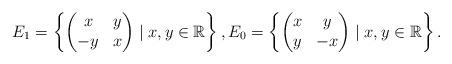
LaTeX: \begin{align*}E_1=\left\{\begin{pmatrix} x & y \\ -y & x \end{pmatrix} \mid x,y\in \mathbb R \right\},E_0=\left\{\begin{pmatrix} x & y \\ y & -x \end{pmatrix} \mid x,y\in \mathbb R \right\}.\end{align*}